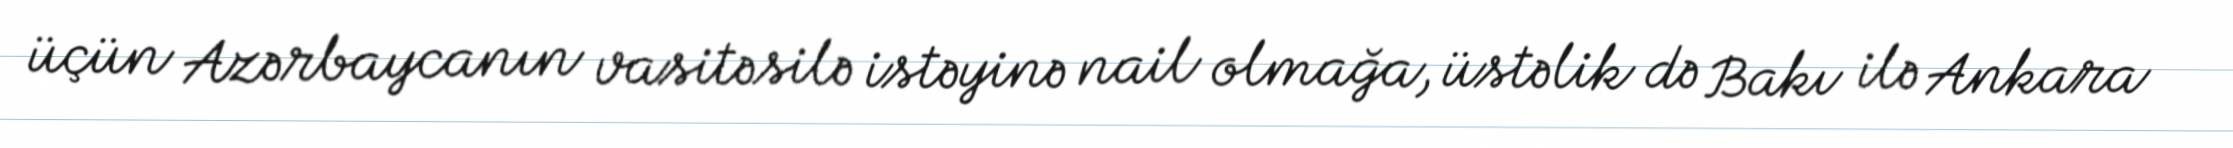
üçün Azərbaycanın vasitəsilə istəyinə nail olmağa, üstəlik də Bakı ilə Ankara